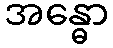
အန္ဓော